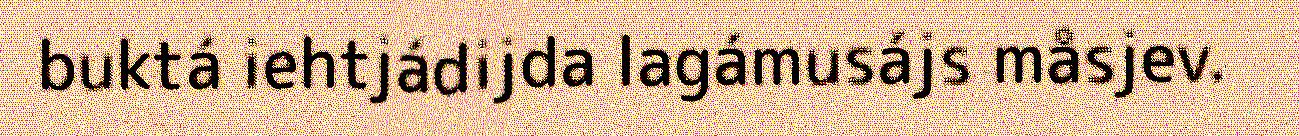
buktá iehtjádijda lagámusájs måsjev.